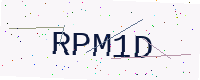
Text: RPM1D